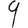
Digit: 9